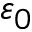
\varepsilon _ { 0 }